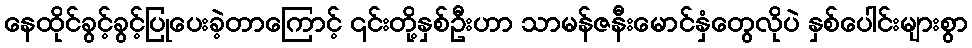
နေထိုင်ခွင့်ခွင့်ပြုပေးခဲ့တာကြောင့် ၎င်းတို့နှစ်ဦးဟာ သာမန်ဇနီးမောင်နှံတွေလိုပဲ နှစ်ပေါင်းများစွာ